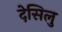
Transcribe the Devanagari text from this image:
देसिलु